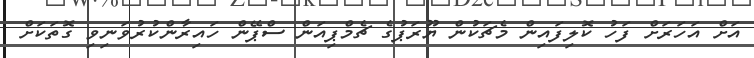
އަށް އަހަރަށް ފަހު ކޮލިފަައިން މެޗަކުން ޔޫރަޕުގެ ޗެމްޕިއަން ސްޕޭން ހައިރާންކުރުވަނިވި ގޮތަކަށް